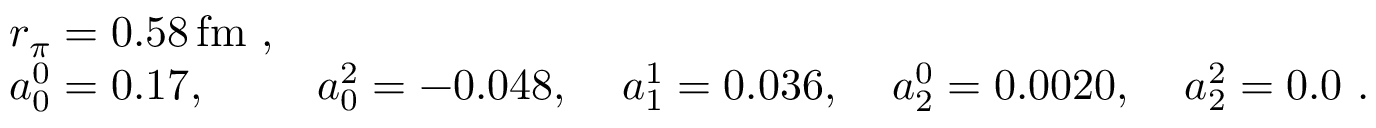
\begin{array} { l l l l l } { { r _ { \pi } = 0 . 5 8 \, \mathrm { f m } ~ , } } & { { } } & { { } } & { { } } & { { } } \\ { { a _ { 0 } ^ { 0 } = 0 . 1 7 , \; } } & { { a _ { 0 } ^ { 2 } = - 0 . 0 4 8 , \; } } & { { a _ { 1 } ^ { 1 } = 0 . 0 3 6 , \; } } & { { a _ { 2 } ^ { 0 } = 0 . 0 0 2 0 , \; } } & { { a _ { 2 } ^ { 2 } = 0 . 0 ~ . } } \end{array}